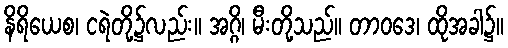
နိရိယေစ၊ ငရဲတို့၌လည်း။ အဂ္ဂိ၊ မီးတို့သည်။ တာဝဒေ၊ ထိုအခါ၌။